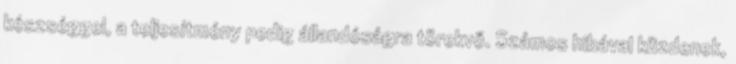
készséggel, a teljesítmény pedig állandóságra törekvő. Számos hibával küzdenek,